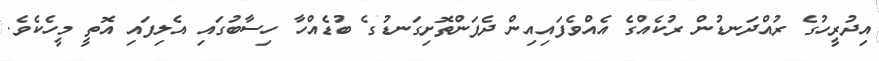
އިދުރީހުގެ ރުއްދަނޑުން ރުކެއްގެ އެއްވެފައިއިން ދެފަންތޮށިގަނޑުގެ ބުޑެއްހާ ހިސާބުގައި އެލިފައި އޮތީ މީހެކެވެ.